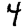
Digit: 4